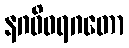
နဂဝိဝရဂတော